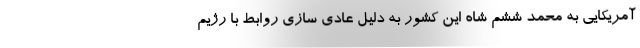
آمریکایی به محمد ششم شاه این کشور به دلیل عادی سازی روابط با رژیم